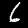
Digit: 6